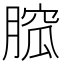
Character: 𦞭